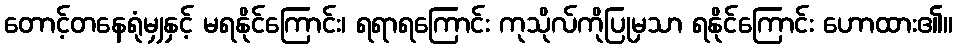
တောင့်တနေရုံမျှနှင့် မရနိုင်ကြောင်း၊ ရရာရကြောင်း ကုသိုလ်ကိုပြုမှသာ ရနိုင်ကြောင်း ဟောထား၏။